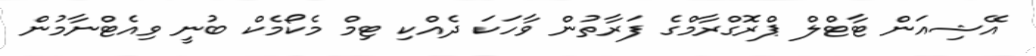
އޭޝިއަން ޓާޓްލް ޕްރޮގްރާމްގެ ފަރާތުން ވާހަކަ ދެއްކި ޓިމް މެކޯމެކް ބުނީ ވިއެޓްނާމުން